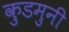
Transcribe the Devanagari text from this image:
कुडमुनी